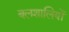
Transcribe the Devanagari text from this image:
बलशालियों